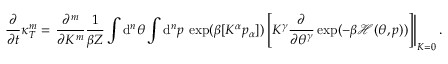
\frac { \partial } { \partial t } \kappa _ { T } ^ { m } = \left. \frac { \partial ^ { m } } { \partial K ^ { m } } \frac { 1 } { \beta Z } \int \mathrm { d } ^ { n } \theta \int \mathrm { d } ^ { n } p \: \exp ( \beta [ K ^ { \alpha } p _ { \alpha } ] ) \left[ K ^ { \gamma } \frac { \partial } { \partial \theta ^ { \gamma } } \exp ( - \beta \mathcal { H } ( \theta , p ) ) \right] \right| _ { K = 0 } .